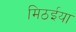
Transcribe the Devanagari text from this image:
मिठईया